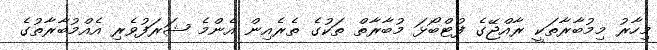
މިހާރު މިމުބާރާތަކީ ރާއްޖޭގެ ފުޓްބޯޅަ މުބާރާތް ތަކުގެ ތެރެއިން އެންމެ ޝަރަފުވެރި އެއްމުބާރާތުގެ